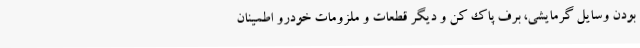
بودن وسایل گرمایشی، برف پاک کن و دیگر قطعات و ملزومات خودرو اطمینان